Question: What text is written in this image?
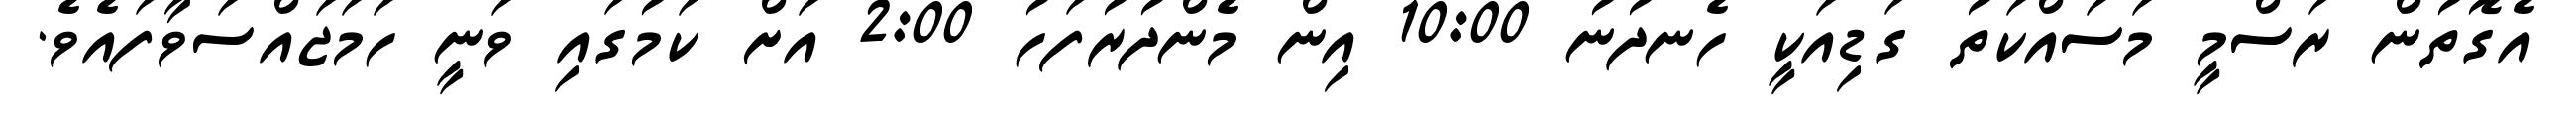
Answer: އެގޮތުން ރަސްމީ މަސައްކަތު ގަޑިއަކީ ހެނދުނު 10:00 އިން މެންދުރުފަހު 2:00 އަށް ކަމުގައި ވަނީ ހަމަޖައްސަވާފައެވެ.